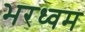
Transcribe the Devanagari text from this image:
भरध्वम